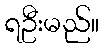
ရဦးမည်။